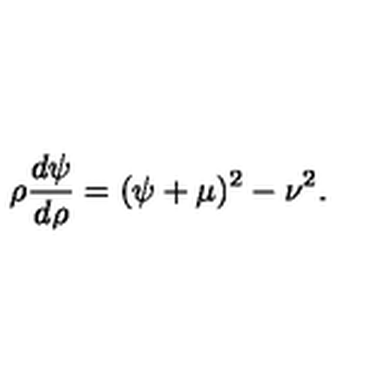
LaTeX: \rho \frac { d \psi } { d \rho } = ( \psi + \mu ) ^ { 2 } - \nu ^ { 2 } .